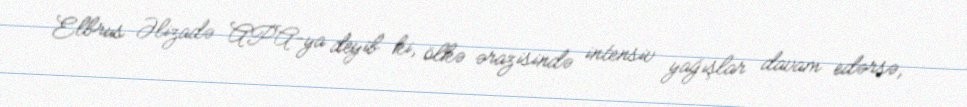
Elbrus Əlizadə APA-ya deyib ki, ölkə ərazisində intensiv yağışlar davam edərsə,